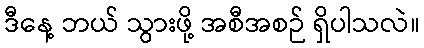
ဒီနေ့ ဘယ် သွားဖို့ အစီအစဉ် ရှိပါသလဲ။